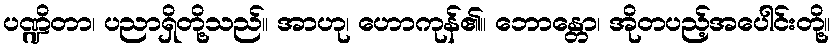
ပဏ္ဍိတာ၊ ပညာရှိတို့သည်။ အာဟု၊ ဟောကုန်၏။ ဘောန္တော၊ အိုတပည့်အပေါင်းတို့။